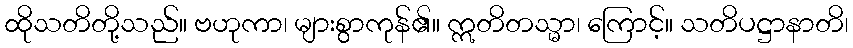
ထိုသတိတို့သည်။ ဗဟုကာ၊ များစွာကုန်၏။ ဣတိတသ္မာ၊ ကြောင့်။ သတိပဋ္ဌာနာတိ၊